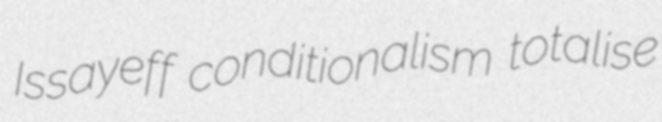
Issayeff conditionalism totalise